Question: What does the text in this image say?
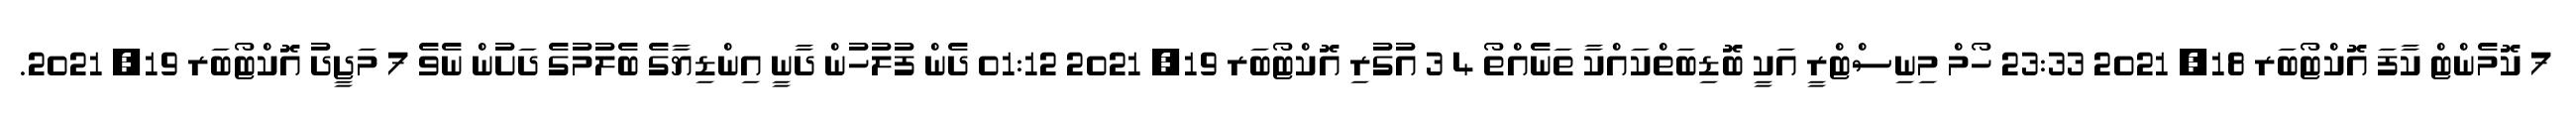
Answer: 7 ކޮމެންޓް ކާފަ އޮކްޓޯބަރ 18, 2021 23:33 ހޯމް މިނިސްޓްރީ އަކީ ބޮޑިބަތްކައްކާ ތަނެއްތޯ 4 3 އުގުރި އޮކްޓޯބަރ 19, 2021 01:12 ދެން ފުލުހުން ދާނީ އިންޑިޔާގެ ބެލުމުގެ ދަށުން ނެވެ 7 މަޖީދު އޮކްޓޯބަރ 19, 2021.